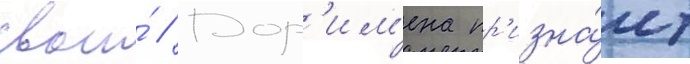
свои́ // Дор'им'ена пр'изна́ет